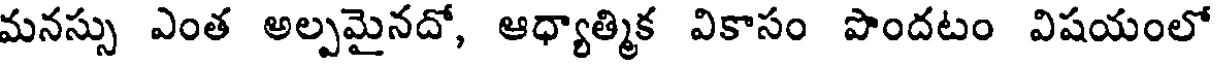
మనస్సు ఎంత అల్పమైనదో, ఆధ్యాత్మిక వికాసం పొందటం విషయంలో